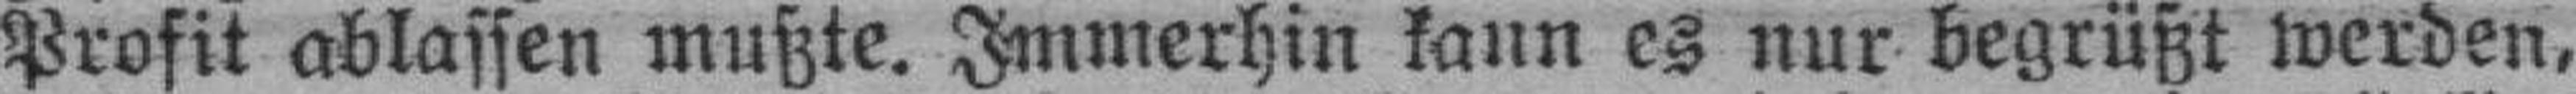
Profit ablassen mußte. Immerhin kann es nur begrüßt werden,